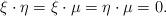
LaTeX: \begin{align*}\xi\cdot\eta=\xi\cdot\mu=\eta\cdot\mu=0.\end{align*}